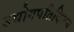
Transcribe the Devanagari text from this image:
उद्योगपतिविजय